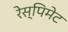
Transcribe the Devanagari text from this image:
रेस्पिमेट